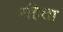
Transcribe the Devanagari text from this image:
रहिता